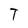
Character: T